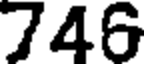
746